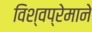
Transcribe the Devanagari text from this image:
विश्वप्रेमाने